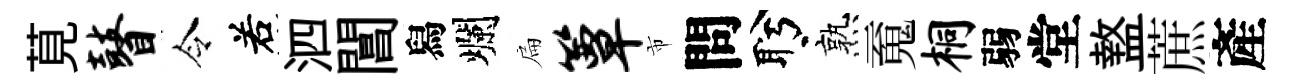
莧瞽令𠰥泗閶舄爛扁簟市問盻熟䰟桐弱堂盩蔗產